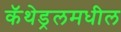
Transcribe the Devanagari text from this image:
कॅथेड्रलमधील